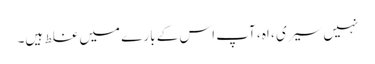
نہیں سیری ، اہ ، آپ اس کے بارے میں غلط ہیں۔